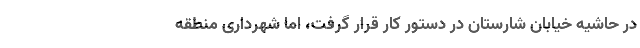
در حاشیه خیابان شارستان در دستور کار قرار گرفت، اما شهرداری منطقه